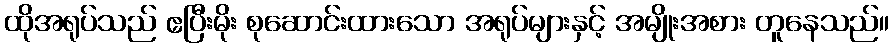
ထိုအရုပ်သည် ဧပြီးမိုး စုဆောင်းထားသော အရုပ်များနှင့် အမျိုးအစား တူနေသည်။